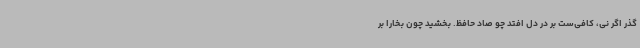
گذر اگر نی، کافی‌ست بر در دل افتد چو صاد حافظ. بخشید چون بخارا بر